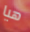
هيا